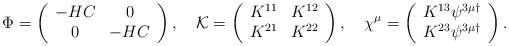
LaTeX: \begin{align*}\Phi=\left( \begin{array}{cc} -HC & 0 \\0 &- HC \end{array} \right),\,\,\,\,\,\,{\cal K}=\left( \begin{array}{cc} K^{11} & K^{12} \\K^{21} & K^{22} \end{array} \right),\,\,\,\,\,\,\chi^{\mu}=\left( \begin{array}{c} K^{13}\psi^{3\mu\dagger} \\K^{23}\psi^{3\mu\dagger}\end{array}\right).\end{align*}